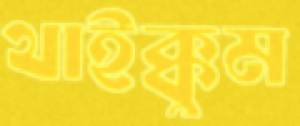
থাইক্কুম